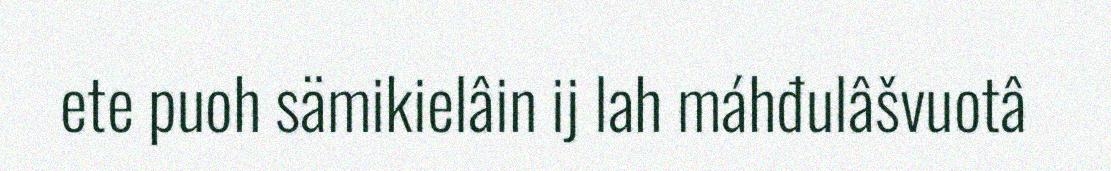
ete puoh sämikielâin ij lah máhđulâšvuotâ